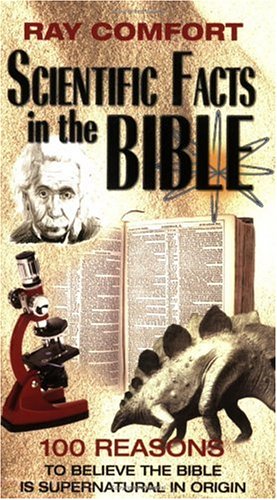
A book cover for Scientific Facts In The Bible: 100 Reasons To Believe The Bible Is Supernatural In Origin (Hidden Wealth Series); Ray Comfort; Christian Books & Bibles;